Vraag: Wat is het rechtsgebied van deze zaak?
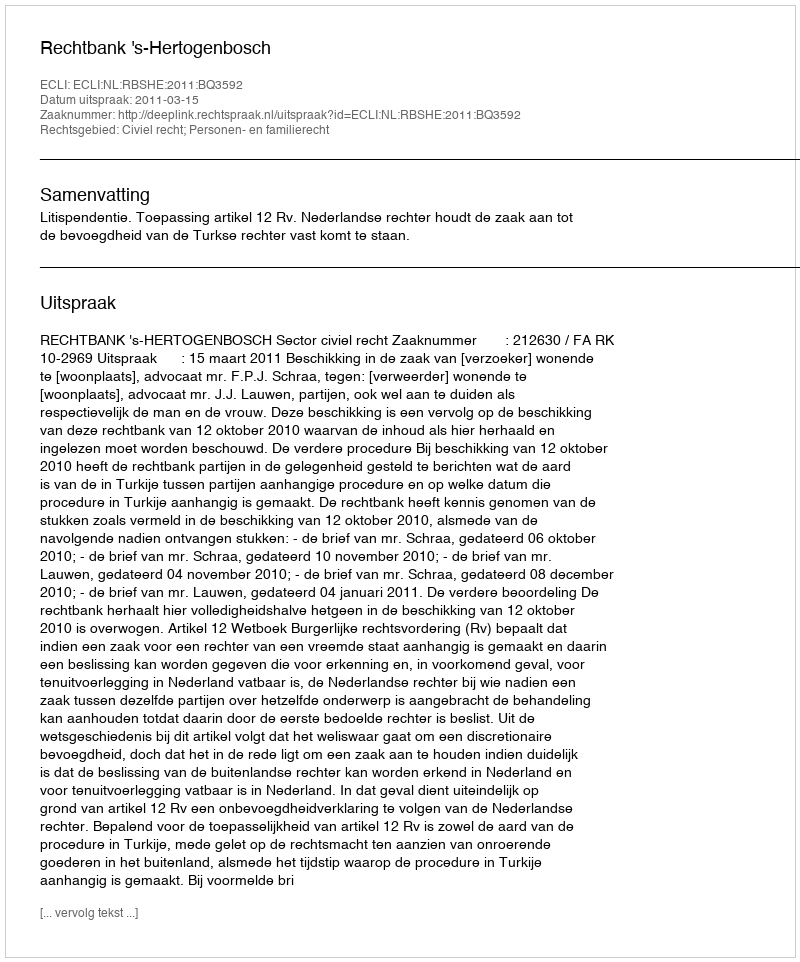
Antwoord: Civiel recht; Personen- en familierecht